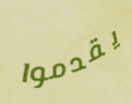
يقدموا